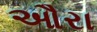
ઔરા